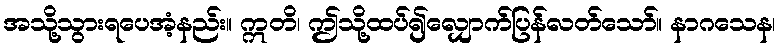
အသို့သွားရပေအံ့နည်း။ ဣတိ၊ ဤသို့ထပ်၍လျှောက်ပြန်လတ်သော်။ နာဂသေန၊